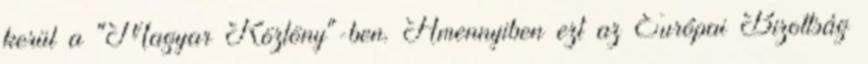
kerül a "Magyar Közlöny"-ben. Amennyiben ezt az Európai Bizottság